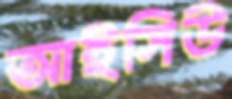
আইসিউ